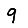
Digit: 9